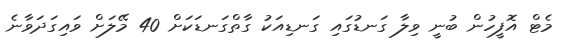
މެޓް އޮފީހުން ބުނީ ވިލާ ގަނޑުގައި ގަނޑިއަކު ގާތްގަނޑަކަށް 40 މޭލަށް ވައިގަދަވާނެ